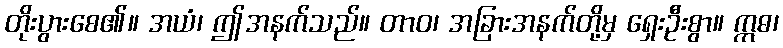
တိုးပွားစေ၏။ အယံ၊ ဤအနက်သည်။ တာဝ၊ အခြားအနက်တို့မှ ရှေးဦးစွာ။ ဣဓ၊